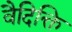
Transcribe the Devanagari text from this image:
वैदिक्ति